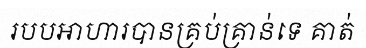
របបអាហារបានគ្រប់គ្រាន់ទេ គាត់